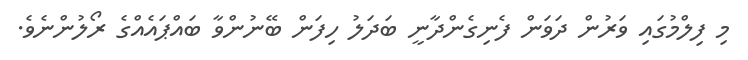
މި ފިލްމުގައި ވަރުން ދަވަން ފެނިގެންދާނީ ބަދަލު ހިފަން ބޭނުންވާ ބައްޕައެއްގެ ރޯލުންނެވެ.